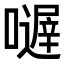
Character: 𡁂